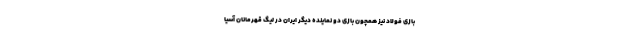
بازی فولاد نیز همچون بازی دو نماینده دیگر ایران در لیگ قهرمانان آسیا